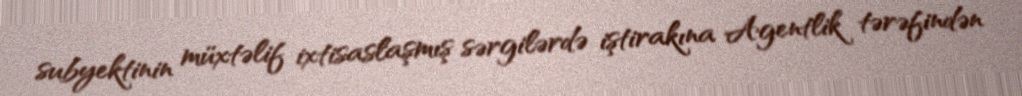
subyektinin müxtəlif ixtisaslaşmış sərgilərdə iştirakına Agentlik tərəfindən